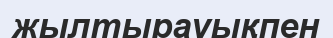
жылтырауықпен